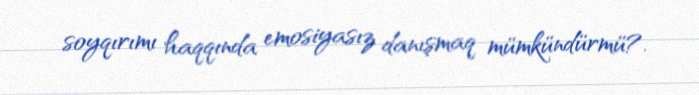
soyqırımı haqqında emosiyasız danışmaq mümkündürmü?.